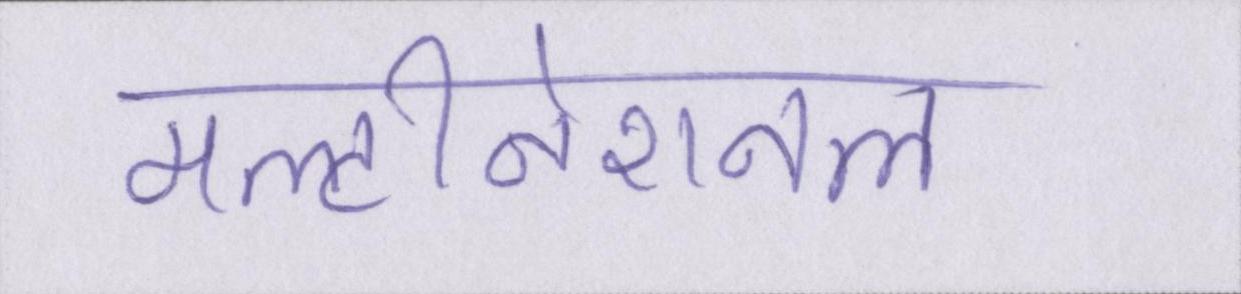
मल्टीनेशनल